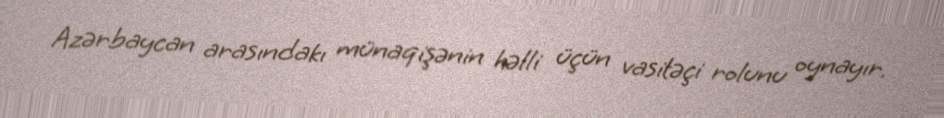
Azərbaycan arasındakı münaqişənin həlli üçün vasitəçi rolunu oynayır.